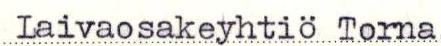
Laivaosakeyhtiö Torna